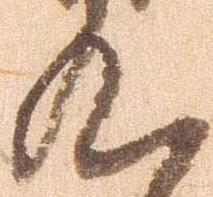
九